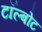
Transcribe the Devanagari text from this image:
टॉल्बोट